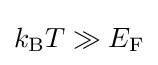
k_{\rm {B}}T\gg E_{\rm {F}}